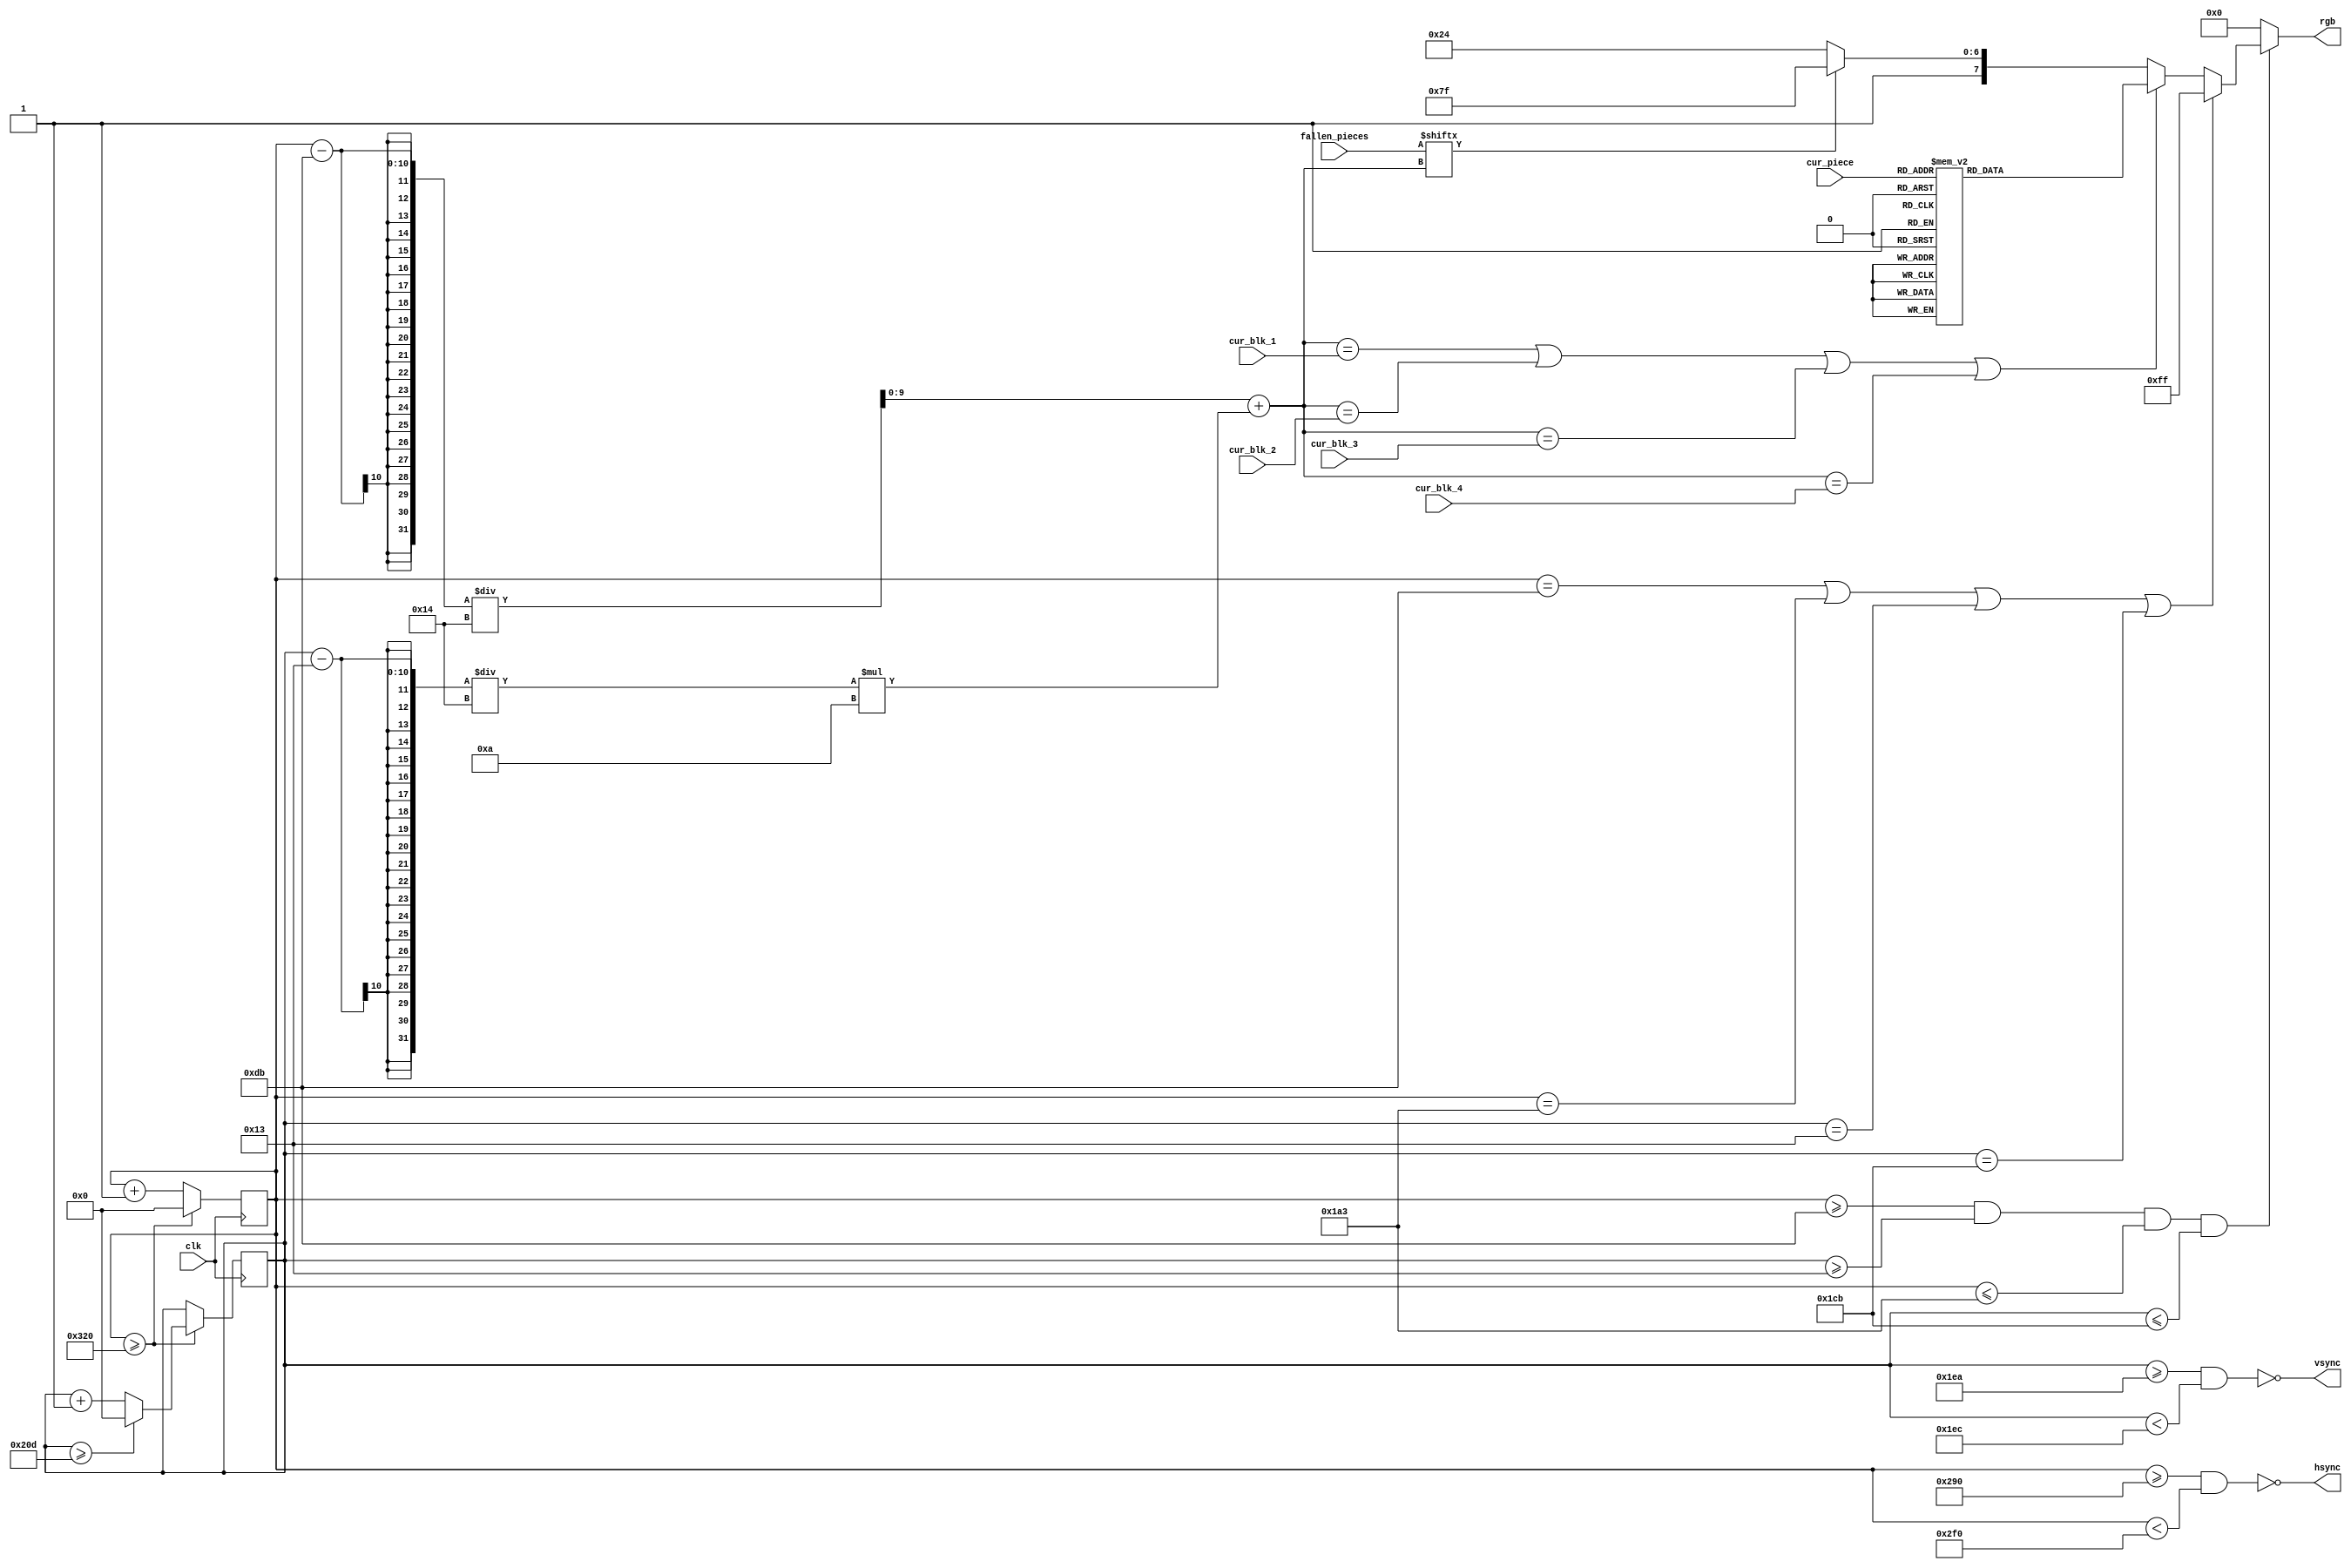
`define PIXEL_WIDTH 640
`define PIXEL_HEIGHT 480
`define HSYNC_FRONT_PORCH 16
`define HSYNC_PULSE_WIDTH 96
`define HSYNC_BACK_PORCH 48
`define VSYNC_FRONT_PORCH 10
`define VSYNC_PULSE_WIDTH 2
`define VSYNC_BACK_PORCH 33
`define BLOCK_SIZE 20
`define BLOCKS_WIDE 10
`define BLOCKS_HIGH 22
`define BOARD_WIDTH (`BLOCKS_WIDE * `BLOCK_SIZE)
`define BOARD_X (((`PIXEL_WIDTH - `BOARD_WIDTH) / 2) - 1)
`define BOARD_HEIGHT (`BLOCKS_HIGH * `BLOCK_SIZE)
`define BOARD_Y (((`PIXEL_HEIGHT - `BOARD_HEIGHT) / 2) - 1)
`define BITS_BLK_POS 8
`define BITS_X_POS 4
`define BITS_Y_POS 5
`define BITS_ROT 2
`define BITS_BLK_SIZE 3
`define BITS_SCORE 14
`define BITS_PER_BLOCK 3
`define EMPTY_BLOCK 3'b000
`define I_BLOCK 3'b001
`define O_BLOCK 3'b010
`define T_BLOCK 3'b011
`define S_BLOCK 3'b100
`define Z_BLOCK 3'b101
`define J_BLOCK 3'b110
`define L_BLOCK 3'b111
`define WHITE 8'b11111111
`define BLACK 8'b00000000
`define GRAY 8'b10100100
`define CYAN 8'b11110000
`define YELLOW 8'b00111111
`define PURPLE 8'b11000111
`define GREEN 8'b00111000
`define RED 8'b00000111
`define BLUE 8'b11000000
`define ORANGE 8'b00011111
`define ERR_BLK_POS 8'b11111111
`define DROP_TIMER_MAX 10000

module vga_display(
    input wire                                   clk,
    input wire [`BITS_PER_BLOCK-1:0]             cur_piece,
    input wire [`BITS_BLK_POS-1:0]               cur_blk_1,
    input wire [`BITS_BLK_POS-1:0]               cur_blk_2,
    input wire [`BITS_BLK_POS-1:0]               cur_blk_3,
    input wire [`BITS_BLK_POS-1:0]               cur_blk_4,
    input wire [(`BLOCKS_WIDE*`BLOCKS_HIGH)-1:0] fallen_pieces,
    output reg [7:0]                             rgb,
    output wire                                  hsync,
    output wire                                  vsync
    );

    reg [9:0] counter_x = 0;
    reg [9:0] counter_y = 0;
 
    assign hsync = ~(counter_x >= (`PIXEL_WIDTH + `HSYNC_FRONT_PORCH) &&
                     counter_x < (`PIXEL_WIDTH + `HSYNC_FRONT_PORCH + `HSYNC_PULSE_WIDTH));
    assign vsync = ~(counter_y >= (`PIXEL_HEIGHT + `VSYNC_FRONT_PORCH) &&
                     counter_y < (`PIXEL_HEIGHT + `VSYNC_FRONT_PORCH + `VSYNC_PULSE_WIDTH));
    wire [9:0] cur_blk_index = ((counter_x-`BOARD_X)/`BLOCK_SIZE) + (((counter_y-`BOARD_Y)/`BLOCK_SIZE)*`BLOCKS_WIDE);
    reg [2:0] cur_vid_mem;
    always @ (*) begin
        if (counter_x >= `BOARD_X && counter_y >= `BOARD_Y &&
            counter_x <= `BOARD_X + `BOARD_WIDTH && counter_y <= `BOARD_Y + `BOARD_HEIGHT) begin
            if (counter_x == `BOARD_X || counter_x == `BOARD_X + `BOARD_WIDTH ||
                counter_y == `BOARD_Y || counter_y == `BOARD_Y + `BOARD_HEIGHT) begin
                rgb = `WHITE;
            end else begin
                if (cur_blk_index == cur_blk_1 ||
                    cur_blk_index == cur_blk_2 ||
                    cur_blk_index == cur_blk_3 ||
                    cur_blk_index == cur_blk_4) begin
                    case (cur_piece)
                        `EMPTY_BLOCK: rgb = `GRAY;
                        `I_BLOCK: rgb = `CYAN;
                        `O_BLOCK: rgb = `YELLOW;
                        `T_BLOCK: rgb = `PURPLE;
                        `S_BLOCK: rgb = `GREEN;
                        `Z_BLOCK: rgb = `RED;
                        `J_BLOCK: rgb = `BLUE;
                        `L_BLOCK: rgb = `ORANGE;
                    endcase
                end else begin
                    rgb = fallen_pieces[cur_blk_index] ? `WHITE : `GRAY;
                end
            end
        end else begin
            rgb = `BLACK;
        end
    end

   always @ (posedge clk) begin
       if (counter_x >= `PIXEL_WIDTH + `HSYNC_FRONT_PORCH + `HSYNC_PULSE_WIDTH + `HSYNC_BACK_PORCH) begin
           counter_x <= 0;
           if (counter_y >= `PIXEL_HEIGHT + `VSYNC_FRONT_PORCH + `VSYNC_PULSE_WIDTH + `VSYNC_BACK_PORCH) begin
               counter_y <= 0;
           end else begin
               counter_y <= counter_y + 1;
           end
       end else begin
           counter_x <= counter_x + 1;
       end
   end

endmodule